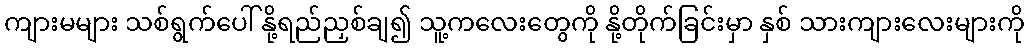
ကျားမများ သစ်ရွက်ပေါ် နို့ရည်ညှစ်ချ၍ သူ့ကလေးတွေကို နို့တိုက်ခြင်းမှာ နှစ် သားကျားလေးများကို